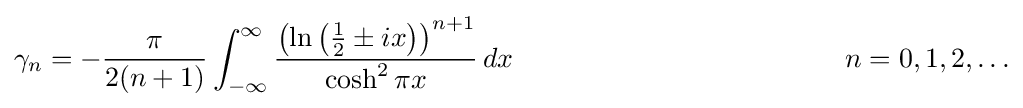
\gamma _{n}=-{\frac {\pi }{2(n+1)}}\int _{-\infty }^{\infty }{\frac {\left(\ln \left({\frac {1}{2}}\pm ix\right)\right)^{n+1}}{\cosh ^{2}\pi x}}\,dx\qquad \qquad \qquad \qquad \qquad \qquad n=0,1,2,\ldots